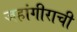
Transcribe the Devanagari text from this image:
जहांगीराची